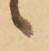
候